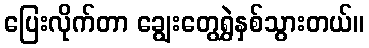
ပြေးလိုက်တာ ချွေးတွေရွှဲနှစ်သွားတယ်။